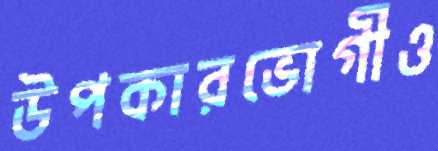
উপকারভোগীও